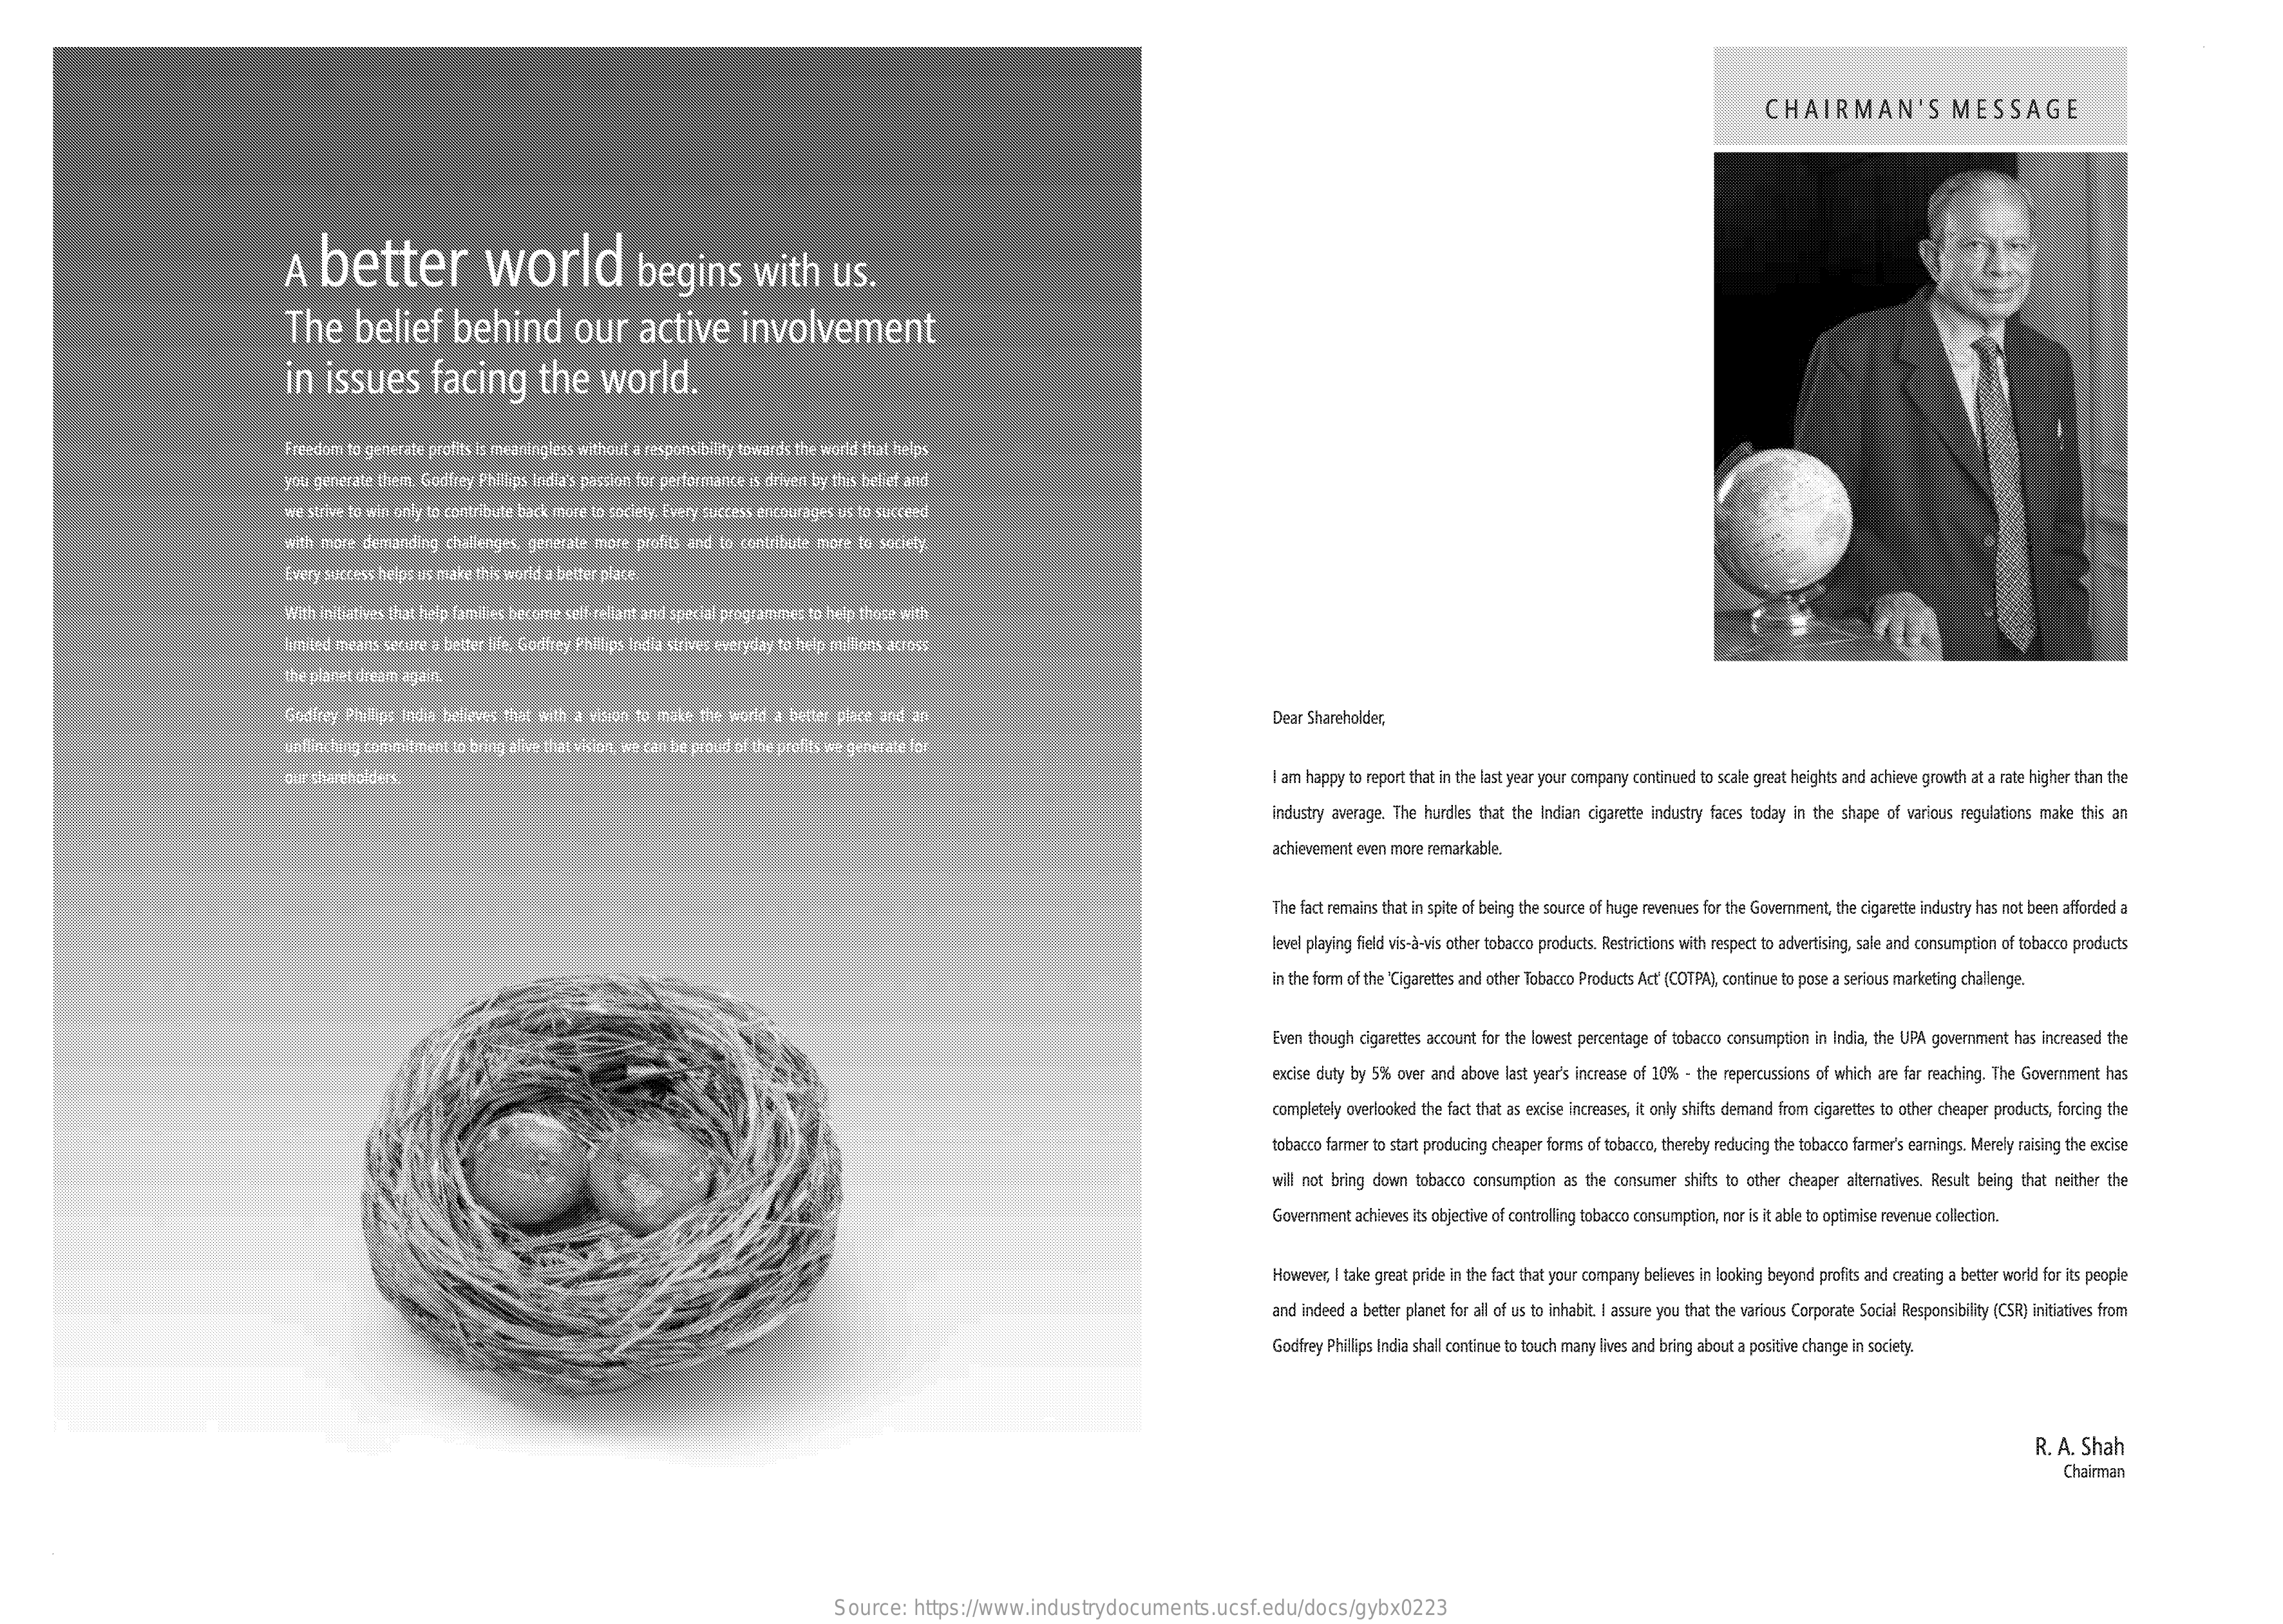
CHAIRMAN'S    MESSAGE
     A   better    world    begins    with    us.
     The    belief    behind    our    active    involvement
     in   issues    facing    the    world.
     Freedom  to generate profits is meaningless without & responsibility towards the world that helps
     you generate thent Godfrey Phillips India's passion for performance is driven by tors bellet and
     we strive to wie only to contribute bark more to sociegy Furry surons anreurages us to succeed
     with more demanding  challenges, generale mate  atches and to contribute more tu society
     Every success helps is mizce this word a better place.
     With initiatives that help faches become ses rellant and special programmes to help those with
     limited toans secure a bittor fifa, Goefter Philips India strives everyday to help milages arepr
     the planet cheom againt.
     Godkey  Pluillas ladis belleves that att: a vision to make the world 2 beiter peace and a    Dear Shareholder,
     I am happy to report that in the last year your company continued to scale great heights and achieve growth at a rate higher than the
     industry average. The hurdles that the Indian cigarette industry faces today in the shape of various regulations make this an
     achievement even more remarkable.
     The fact remains that in spite of being the source of huge revenues for the Government, the cigarette industry has not been afforded a
     level playing field vis-à-vis other tobacco products. Restrictions with respect to advertising, sale and consumption of tobacco products
     in the form of the 'Cigarettes and other Tobacco Products Act (COTPA), continue to pose a serious marketing challenge.
     Even though cigarettes account for the lowest percentage of tobacco consumption in India, the UPA government has increased the
     excise duty by 5% over and above last year's increase of 10% - the repercussions of which are far reaching. The Government has
     completely overlooked the fact that as excise increases, it only shifts demand from cigarettes to other cheaper products, forcing the
     tobacco farmer to start producing cheaper forms of tobacco, thereby reducing the tobacco farmer's earnings. Merely raising the excise
     will not bring down tobacco consumption as the consumer  shifts to other cheaper alternatives. Result being that neither the
     Government achieves its objective of controlling tobacco consumption, nor is it able to optimise revenue collection.
     However, I take great pride in the fact that your company believes in looking beyond profits and creating a better world for its people
     and indeed a better planet for all of us to inhabit. I assure you that the various Corporate Social Responsibility (CSR) initiatives from
     Godfrey Phillips India shall continue to touch many lives and bring about a positive change in society.
     R. A. Shah
     Chairman
     Source:    https://www.industrydocuments.ucsf.edu/docs/gybx0223